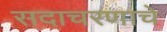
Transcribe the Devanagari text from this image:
सदाचरणाचे